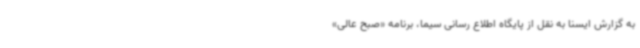
به گزارش ایسنا به نقل از پایگاه اطلاع رسانی سیما، برنامه «صبح عالی»